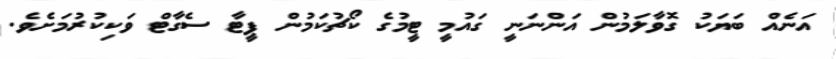
އަނެއް ބަޔަކު ގޮވާލަމުން އަންނަނީ ގައުމީ ޓީމުގެ ކޯޗުކަމުން ޕީޓާ ސެގާޓް ވަކިކުރުމަށެވެ.